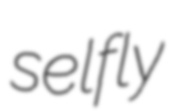
selfly